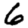
Digit: 6